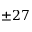
\pm 2 7